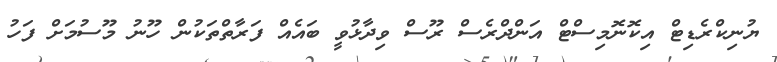
ޔުނިކްރެޑިޓް އިކޮނޮމިސްޓް އަންދްރެސް ރޫސް ވިދާޅުވީ ބައެއް ފަރާތްތަކުން ހޫނު މޫސުމަށް ފަހު